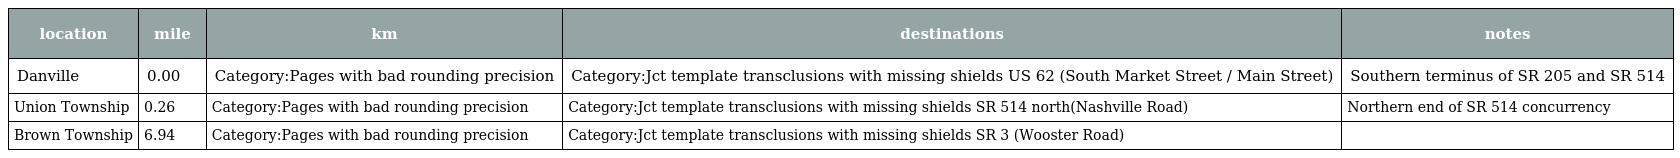
| location | mile | km | destinations | notes |
 | --- | --- | --- | --- | --- |
 | Danville | 0.00 | Category:Pages with bad rounding precision | Category:Jct template transclusions with missing shields US 62 (South Market Street / Main Street) | Southern terminus of SR 205 and SR 514 |
 | Union Township | 0.26 | Category:Pages with bad rounding precision | Category:Jct template transclusions with missing shields SR 514 north(Nashville Road) | Northern end of SR 514 concurrency |
 | Brown Township | 6.94 | Category:Pages with bad rounding precision | Category:Jct template transclusions with missing shields SR 3 (Wooster Road) |  |